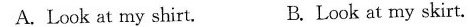
A.Look at my shirt. B.Look at my skirt.